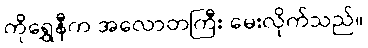
ကိုရွှေနီက အလောတကြီး မေးလိုက်သည်။